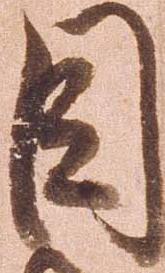
目